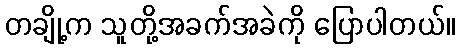
တချို့က သူတို့အခက်အခဲကို ပြောပါတယ်။